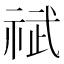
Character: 𫀐